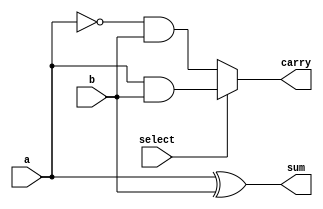
module half_add_sub(
	input a,b,
	input select, //select = 1 -> add, select = 2->sub
	output reg sum,
	output reg carry
);

always@(*)
	begin
		if (select == 1'b1) begin
			sum = a^b;
			carry = a&&b;
			
		end else begin
			sum = a^b;
			carry = (~a)&&b;
		end
	end
	
endmodule